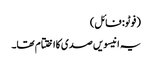
(فوٹو: فائل)
یہ انیسویں صدی کااختتام تھا۔